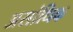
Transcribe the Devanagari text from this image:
असांधिक